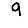
Digit: 9